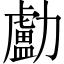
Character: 㔧